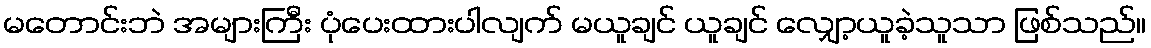
မတောင်းဘဲ အများကြီး ပုံပေးထားပါလျက် မယူချင် ယူချင် လျှော့ယူခဲ့သူသာ ဖြစ်သည်။